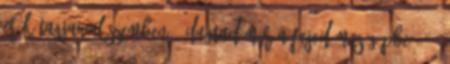
erők tagjaival szemben”. Dugtad már a fejed mosógépbe? 100